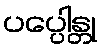
ပပ္ပေါန္တု